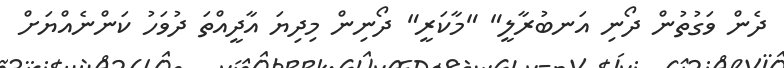
ދެން ވަގުތުން ދޯނި އަނބުރާލީ" "މާކަރީ" ދޯނިން މިދިޔަ އާދީއްތަ ދުވަހު ކަންނެއްޔަށް